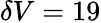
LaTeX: \delta V=19